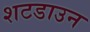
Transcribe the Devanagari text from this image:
शटडाउन